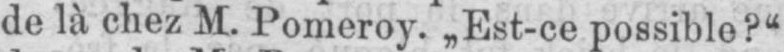
de là chez M. Pomeroy. „Est-ce possible?“